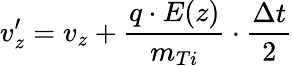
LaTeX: v_{z}^{\prime}=v_{z}+\frac{q\cdot E(z)}{m_{Ti}}\cdot\frac{\Delta t}{2}